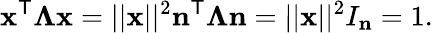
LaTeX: \mathbf{x}^{\mathsf{T}}{\boldsymbol{\Lambda}}\mathbf{x}=||\mathbf{x}||^{2}\mathbf{n}^{\mathsf{T}}{\boldsymbol{\Lambda}}\mathbf{n}=||\mathbf{x}||^{2}I_{\mathbf{n}}=1.